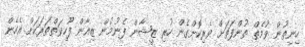
ހިނިތުން ވުމެތް ތުންފަތަށް ވެރިކޮށްގެން ހުރި ޒީޝާން ފެނުމުން ޒިއާން ފޫހިވަތްތަރަކަށް އެހެން